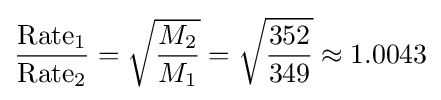
{{\mbox{Rate}}_{1} \over {\mbox{Rate}}_{2}}={\sqrt {M_{2} \over M_{1}}}={\sqrt {352 \over 349}}\approx 1.0043